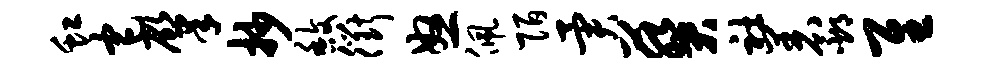
虹宅肇抄馥衢怒佩陌异葵社着邳隹